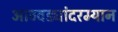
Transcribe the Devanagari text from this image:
आठवड्यांदरम्यान